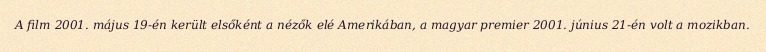
A film 2001. május 19-én került elsőként a nézők elé Amerikában, a magyar premier 2001. június 21-én volt a mozikban.